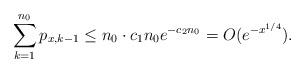
LaTeX: \begin{align*}\sum_{k=1}^{n_0} p_{x,k-1} \leq n_0 \cdot c_1 n_0 e^{-c_2 n_0} = O(e^{-x^{1/4}}).\end{align*}